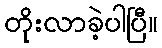
တိုးလာခဲ့ပါပြီ။